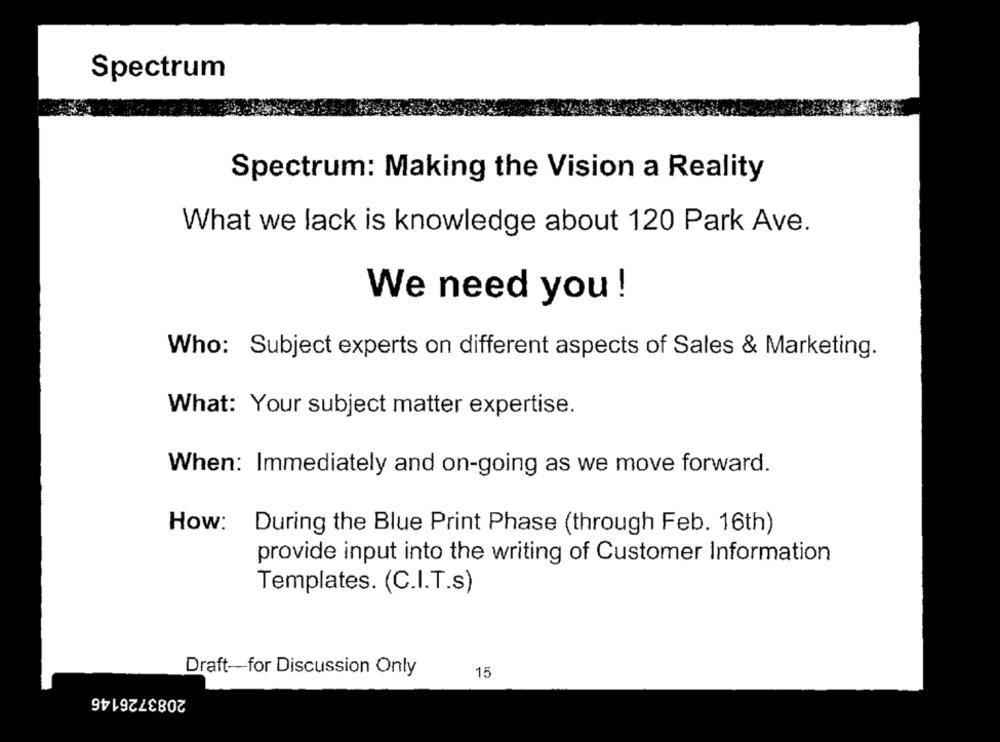
Spectrum
Spectrum: Making the Vision a Reality
What we lack is knowledge about 120 Park Ave.
We need you !
Who: Subject experts on different aspects of Sales & Marketing.
What: Your subject matter expertise.
When: Immediately and on-going as we move forward.
How:
During the Blue Print Phase (through Feb. 16th)
provide input into the writing of Customer Information
Templates. (C.I.T.s)
Draft-for Discussion Only
15
2083726146